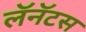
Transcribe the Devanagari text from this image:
लॅनॅटस